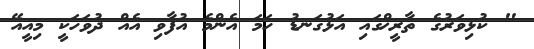
" ކުޅިވަރުގެ ތާރީޚްގައި އަޅުގަނޑު ހަމަ އެންމެ އުފާވި އެއް ދުވަހަކީ މިއީއޭ